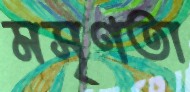
মসৃণতা